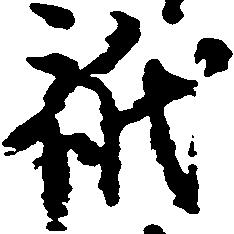
祇